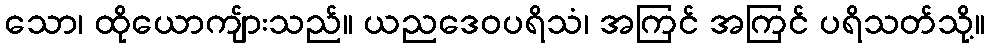
သော၊ ထိုယောကျ်ားသည်။ ယညဒေဝပရိသံ၊ အကြင် အကြင် ပရိသတ်သို့။